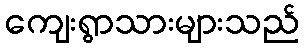
ကျေးရွာသားများသည်